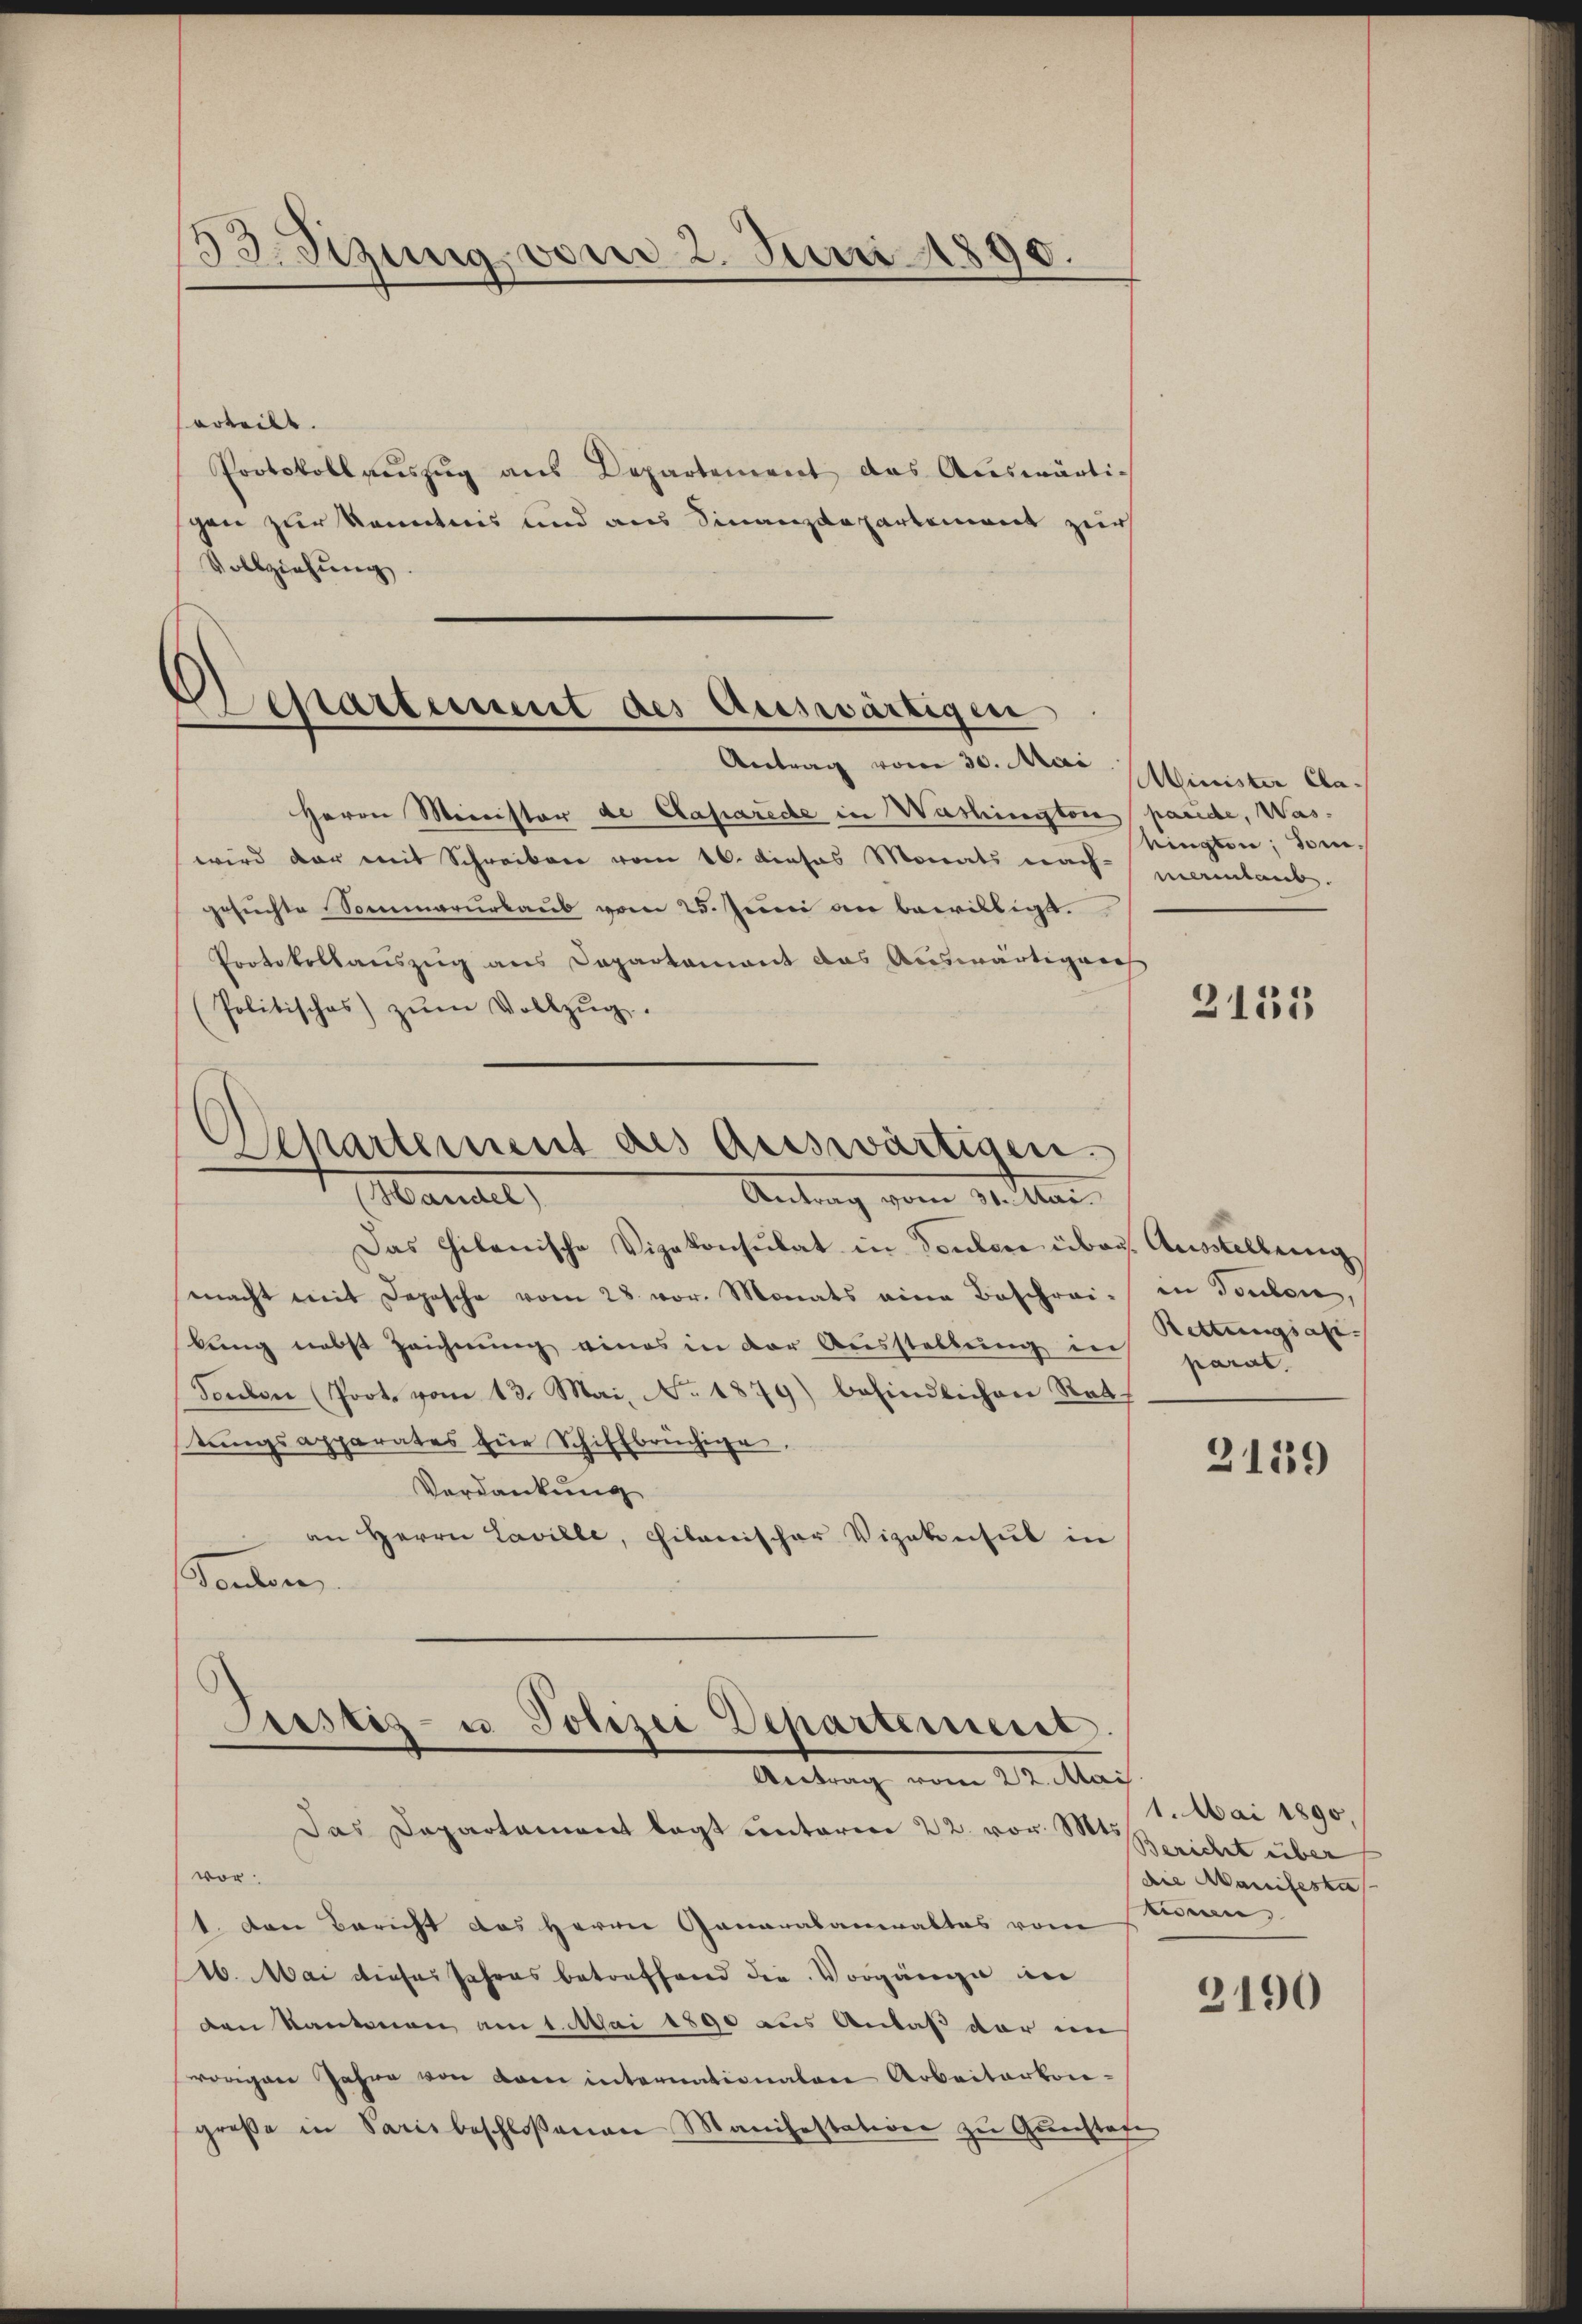
33. Sizung vom 2. Juni 1890.

orteilt.
Protokoll auszug aus Departement das Auswärtigen zur Kenntnis und aus Finanzdepartement zur
Vollziehŭng.

Separtement des Auswärtigen

Antrag vom 30. Mai Minister Clas
Herrn Minister de Caparede in Washington paride, Was-
wird dar mit Schreiben vom 16. dieses Monats nach-
gesuchte Sommarurlaub vom 25. Juni an bewilligt.
Protokollauszug aus Departamant das Auswärtigungs
Politisches) zŭm Vollzŭg.

Aepartement des Auswärtigen.
Mariel
Antrag vom 31. Man

Das Chikanische Vizekonsulat in Tendere über Ausstellung
macht mit Depesche vom 28. vor. Monats eine Beschrei- in Touten,
lung nebst Zeichnung eines in der Ausstellung in Rettungsaxi¬
Toulon (Prot. vom 13. Mai, No. 1879) befindlichen Rath
tŭngsapparates für Schiffbrüchige.
Vordankung
an Herrn Laville, citanischer Vizekonsul in
Sondern

Justiz- u Polizei Departement.
Antrag vom 22. Mai

Das Departament legt unterren 22. vor. M. Bericht über
vor
1. den Bericht des Herrn Ganarabanwaltes vom
16. Mai dieser Jahres betreffend die Vorgänge in
den Kantonen am 1. Mai 1890 aus Anlaß der ins
vorigen Jahre von dem internationaten Arbeiterkon-
große in Saris beschloßenen Manifestation zu Gunstafe

ringten, sonmaintaub.

2135

parat.

2139

1. Mai 1890.
die Manifesta
in,

2190